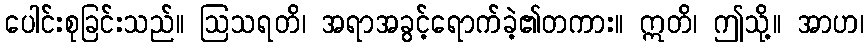
ပေါင်းစုခြင်းသည်။ ဩသရတိ၊ အရာအခွင့်ရောက်ခဲ့၏တကား။ ဣတိ၊ ဤသို့။ အာဟ၊